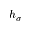
h _ { \sigma }